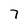
Character: 7